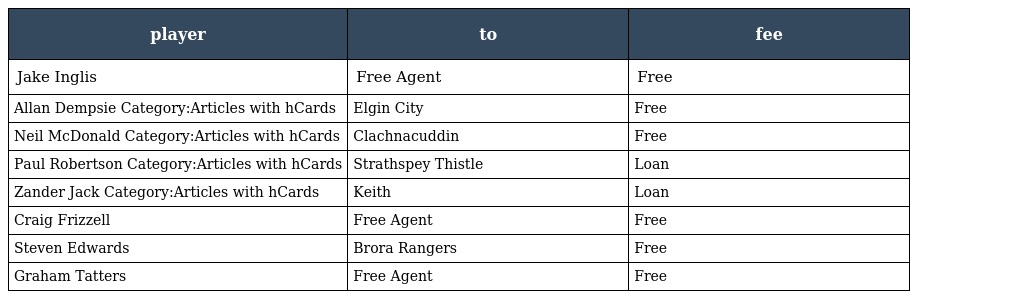
| player | to | fee |
 | --- | --- | --- |
 | Jake Inglis | Free Agent | Free |
 | Allan Dempsie Category:Articles with hCards | Elgin City | Free |
 | Neil McDonald Category:Articles with hCards | Clachnacuddin | Free |
 | Paul Robertson Category:Articles with hCards | Strathspey Thistle | Loan |
 | Zander Jack Category:Articles with hCards | Keith | Loan |
 | Craig Frizzell | Free Agent | Free |
 | Steven Edwards | Brora Rangers | Free |
 | Graham Tatters | Free Agent | Free |